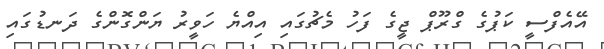
އޭއެފްސީ ކަޕުގެ ގްރޫޕް ޖީގެ ފަހު މެޗުގައި އިއްޔެ ހަވީރު ޔަންގޮންގެ ދަނޑުގައި